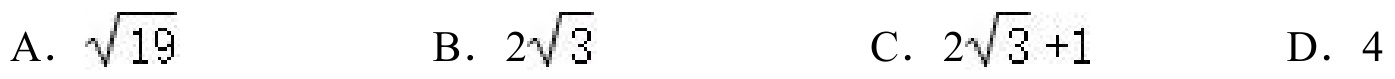
A．\(\sqrt{19}\)  B．\(2\sqrt{3}\)  C．\(2\sqrt{3}+1\)  D．\(4\)